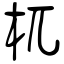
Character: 杌